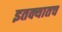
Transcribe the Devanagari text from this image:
इतक्यातच